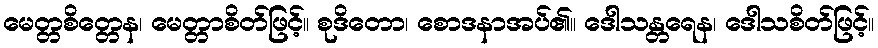
မေတ္တစိတ္တေန၊ မေတ္တာစိတ်ဖြင့်။ စုဒိတော၊ စောဒနာအပ်၏။ ဒေါသန္တရေန၊ ဒေါသစိတ်ဖြင့်။